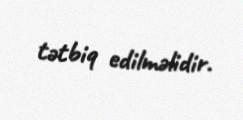
tətbiq edilməlidir.